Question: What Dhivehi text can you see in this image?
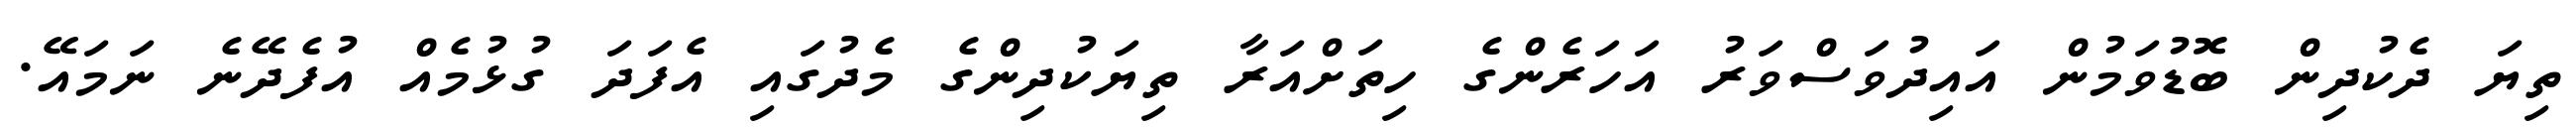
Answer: ތިޔަ ދެކުދިން ބޮޑުވަމުން އައިދުވަސްވަރު އަހަރެންގެ ހިތަށްއަރާ ތިޔަކުދިންގެ މެދުގައި އެފަދަ ގުޅުމެއް އުފެދޭނެ ނަމައޭ.